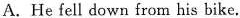
A.He fell down from his bike.